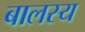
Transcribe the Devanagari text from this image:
बालस्य